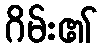
ဂိမ်း၏